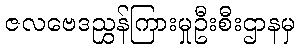
ဇလဗေဒညွှန်ကြားမှုဦးစီးဌာနမှ